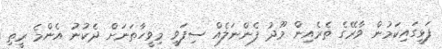
ފަޅީގައިކަމުން ވާރޭގެ ތެރެއިން މޫދު ފެންނަލެއް ސިފަވީ މިވީހާތަނަށް ދެކުނު އެންމެ ރީތި